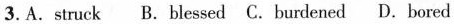
3.A.struck B.blessed C.burdened D.bored